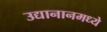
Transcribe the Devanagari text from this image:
उद्यानानमध्ये